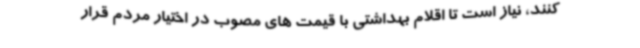
کنند، نیاز است تا اقلام بهداشتی با قیمت های مصوب در اختیار مردم قرار